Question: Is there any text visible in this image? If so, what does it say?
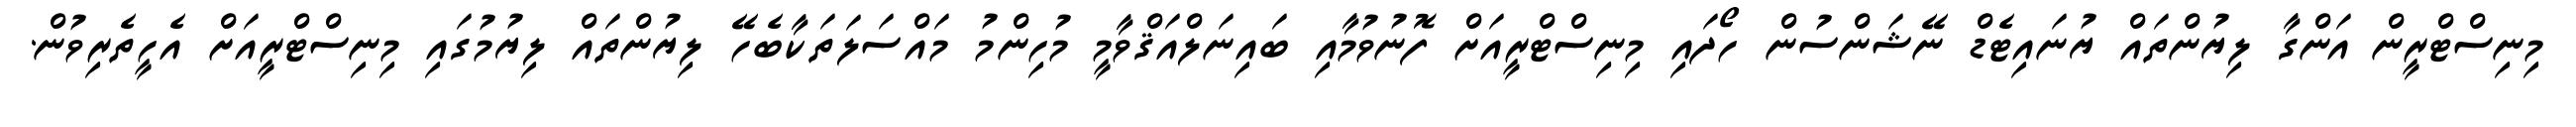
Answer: މިނިސްޓްރީން އަންގާ ލިޔުންތައް ޔުނައިޓެޑް ނޭޝަންސުން ހޯދައި މިނިސްޓްރީއަށް ފޮނުވުމާއި ބައިނަލްއަޤްވާމީ މުހިންމު މައްސަލަތަކާބެހޭ ލިޔުންތައް ލިޔުމުގައި މިނިސްޓްރީއަށް އެހީތެރިވުން.